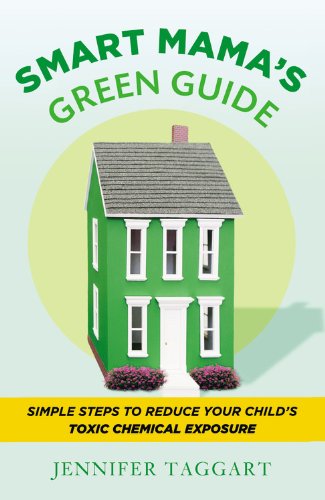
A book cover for Smart Mama's Green Guide: Simple Steps to Reduce Your Child's Toxic Chemical Exposure; Jennifer Taggart; Science & Math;